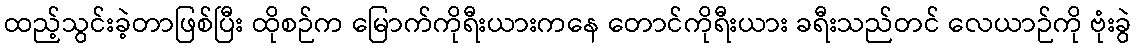
ထည့်သွင်းခဲ့တာဖြစ်ပြီး ထိုစဉ်က မြောက်ကိုရီးယားကနေ တောင်ကိုရီးယား ခရီးသည်တင် လေယာဉ်ကို ဗုံးခွဲ